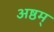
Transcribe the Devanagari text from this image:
अष्ठम्‌